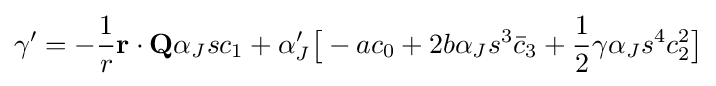
\gamma '=-{\frac {1}{r}}\mathbf {r} \cdot \mathbf {Q} \alpha _{J}sc_{1}+\alpha _{J}'{\big [}-ac_{0}+2b\alpha _{J}s^{3}{\bar {c}}_{3}+{\frac {1}{2}}\gamma \alpha _{J}s^{4}c_{2}^{2}{\big ]}